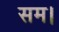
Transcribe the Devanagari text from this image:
सम।